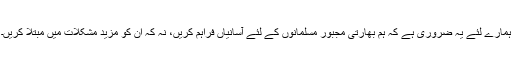
ہمارے لئے یہ ضروری ہے کہ ہم بھارتی مجبور مسلمانوں کے لئے آسانیاں فراہم کریں، نہ کہ ان کو مزید مشکلات میں مبتلا کریں۔